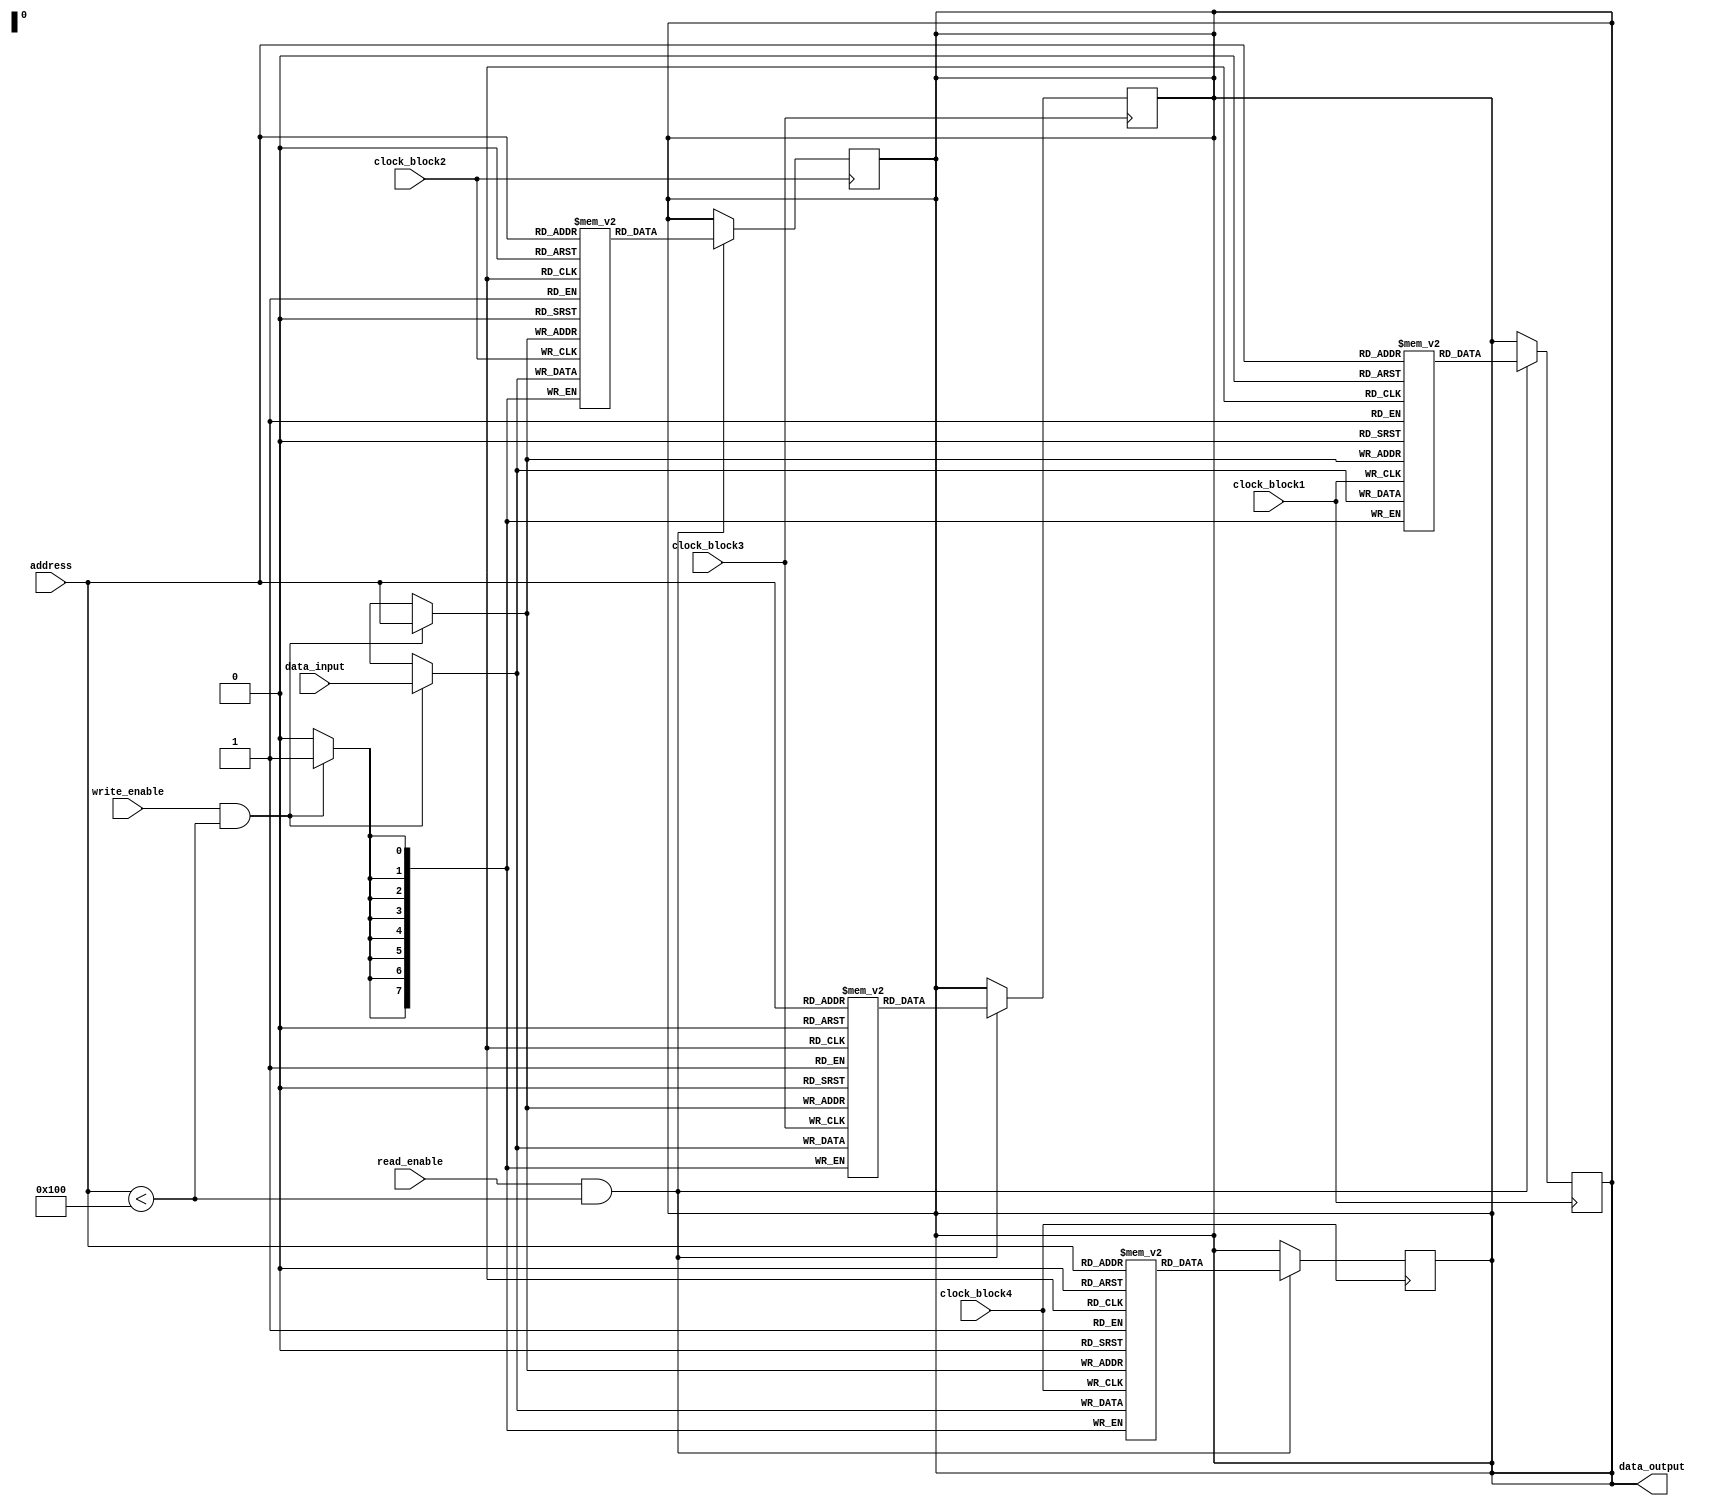
module QDR_SRAM (
    input wire [7:0] data_input,
    output reg [7:0] data_output,
    input wire [7:0] address,
    input wire read_enable,
    input wire write_enable,
    input wire clock_block1,
    input wire clock_block2,
    input wire clock_block3,
    input wire clock_block4
);

reg [7:0] memory_block1 [255:0];
reg [7:0] memory_block2 [255:0];
reg [7:0] memory_block3 [255:0];
reg [7:0] memory_block4 [255:0];

always @(posedge clock_block1) begin
    if (read_enable && address < 256) begin
        data_output <= memory_block1[address];
    end
    if (write_enable && address < 256) begin
        memory_block1[address] <= data_input;
    end
end

always @(posedge clock_block2) begin
    if (read_enable && address < 256) begin
        data_output <= memory_block2[address];
    end
    if (write_enable && address < 256) begin
        memory_block2[address] <= data_input;
    end
end

always @(posedge clock_block3) begin
    if (read_enable && address < 256) begin
        data_output <= memory_block3[address];
    end
    if (write_enable && address < 256) begin
        memory_block3[address] <= data_input;
    end
end

always @(posedge clock_block4) begin
    if (read_enable && address < 256) begin
        data_output <= memory_block4[address];
    end
    if (write_enable && address < 256) begin
        memory_block4[address] <= data_input;
    end
end

endmodule